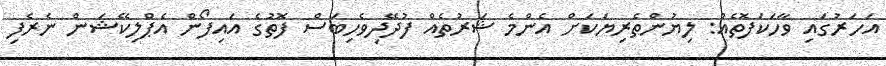
އަހަރުގައި ވާހަކަފޮތެއް: ލިޔުންތެރިޔަކަށް އެންމެ ޝަރުތެއް ފުދޭދިވެހިބަސް ފޮތުގެ އައިފޯން އެޕްލިކޭޝަން ނެރެފި